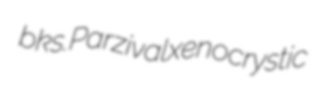
bks. Parzival xenocrystic